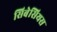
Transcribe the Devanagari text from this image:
सिबेसियस